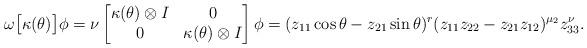
LaTeX: \begin{align*}\omega\big[\kappa(\theta)\big]\phi=\nu\begin{bmatrix} \kappa(\theta)\otimes I & 0 \\ 0 & \kappa(\theta)\otimes I \end{bmatrix}\phi=(z_{11}\cos\theta -z_{21}\sin\theta )^r(z_{11}z_{22}-z_{21}z_{12})^{\mu_2}z_{33}^\nu.\end{align*}